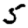
Digit: 5